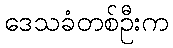
ဒေသခံတစ်ဦးက